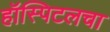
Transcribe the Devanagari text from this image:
हॉस्पिटलचा